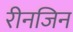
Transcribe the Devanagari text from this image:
रीनजिन